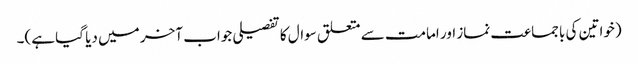
(خواتین کی باجماعت نماز اور امامت سے متعلق سوال کا تفصیلی جواب آخر میں دیا گیا ہے)۔